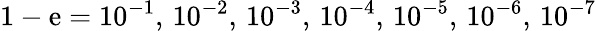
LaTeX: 1-\mathrm{e}=10^{-1},\, 10^{-2},\, 10^{-3},\, 10^{-4},\, 10^{-5},\, 10^{-6},\, 10^{-7}